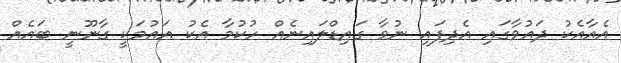
އެއާއެކު ދައުވާގައި އެދިފައި ނުވާ ގައިޑްލައިނެއް ހުކުމާ އެކު އައުމަކީ ގާނޫނީ ބައެއް